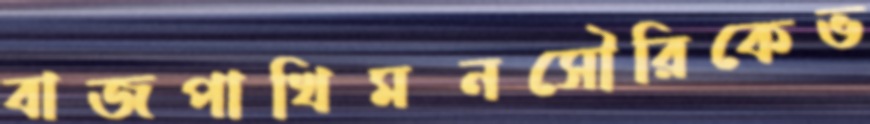
বাজপাখিমনসৌরিকেভ